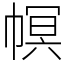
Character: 幎